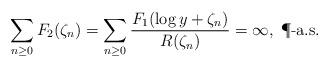
LaTeX: \begin{align*}\sum_{n\geq0} F_2(\zeta_n)=\sum_{n\geq0} \frac{F_1(\log y+\zeta_n)}{R(\zeta_n)}=\infty,\; \P\textrm{-a.s.}\end{align*}